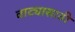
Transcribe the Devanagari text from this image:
वाट्यासाठी